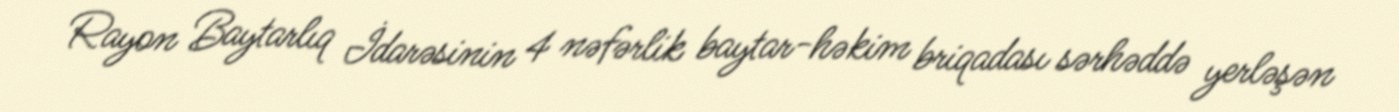
Rayon Baytarlıq İdarəsinin 4 nəfərlik baytar-həkim briqadası sərhəddə yerləşən